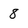
Character: 8